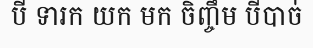
បី ទារក យក មក ចិញ្ចឹម បីបាច់